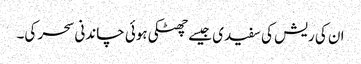
ان کی ریش کی سفیدی جیسے چھٹکی ہوئی چاندنی سحر کی۔